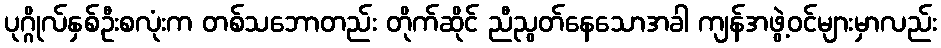
ပုဂ္ဂိုလ်နှစ်ဦးစလုံးက တစ်သဘောတည်း တိုက်ဆိုင် ညီညွတ်နေသောအခါ ကျန်အဖွဲ့ဝင်များမှာလည်း